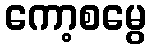
ကော့စမွေ